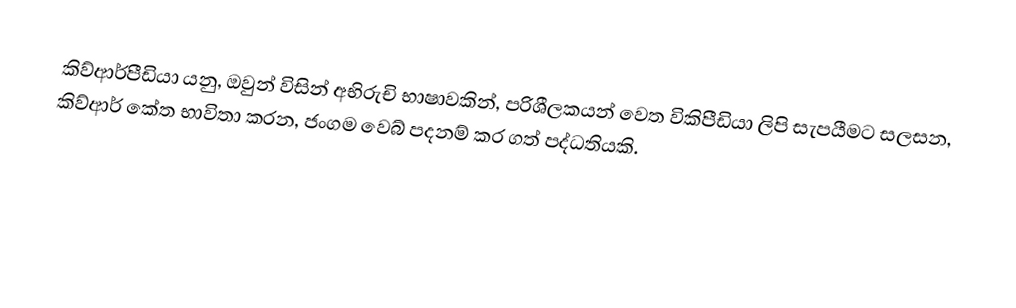
කිව්ආර්පීඩියා යනු, ඔවුන් විසින් අභිරුචි භාෂාවකින්,  පරිශීලකයන් වෙත  විකිපීඩියා ලිපි සැපයීමට සලසන,   කිව්ආර් කේත භාවිතා කරන, ජංගම වෙබ් පදනම් කර ගත් පද්ධතියකි.